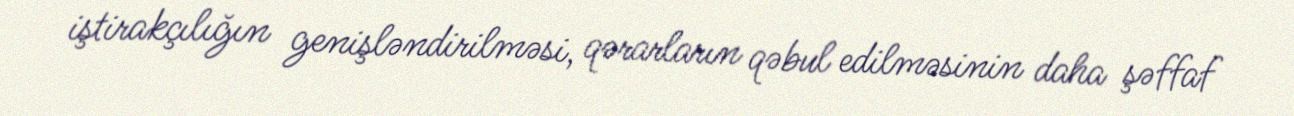
iştirakçılığın genişləndirilməsi, qərarların qəbul edilməsinin daha şəffaf